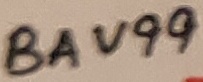
Text: BAV99